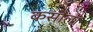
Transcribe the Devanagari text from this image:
कसौला